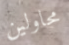
محاولين